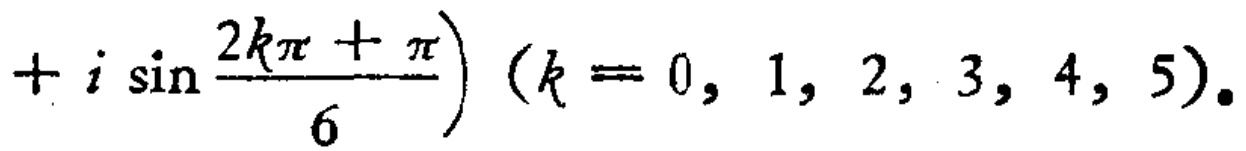
$+i\sin\frac{2k\pi+\pi}{6})\ (k = 0,1,2,3,4,5).$